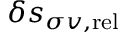
\delta s _ { \sigma v , \mathrm { r e l } }